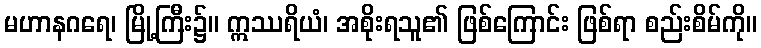
မဟာနဂရေ၊ မြို့ကြီး၌။ ဣဿရိယံ၊ အစိုးရသူ၏ ဖြစ်ကြောင်း ဖြစ်ရာ စည်းစိမ်ကို။